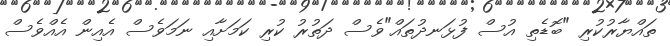
ތައްޔާރުކުރި "ބޮޑެތި އުސް ފުޅަނދުތައް"ވެސް ދަތުރު ކުރި ކަމަށާއި ނަމަވެސް އެއިން އެއްވެސް